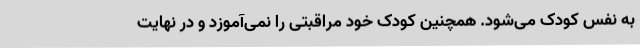
به نفس کودک می‌شود. همچنین کودک خود مراقبتی را نمی‌آموزد و در نهایت